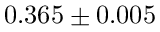
0 . 3 6 5 \pm 0 . 0 0 5